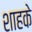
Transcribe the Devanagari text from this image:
शाहके